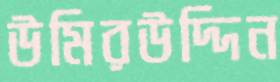
উমিরউদ্দিন